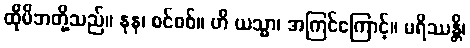
ထိုမိဘတို့သည်။ နုန၊ စင်စစ်။ ဟိ ယသ္မာ၊ အကြင်ကြောင့်။ မရိဿန္တိ၊